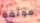
موثقة